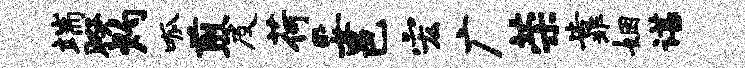
端暌灼呱煎及荷妥邑宏广荣靠姻谌